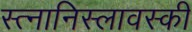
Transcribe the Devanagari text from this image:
स्त्नानिस्लावस्की